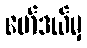
မော်ဒယ်မှ